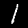
Digit: 1